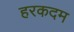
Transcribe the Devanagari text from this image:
हरकदम